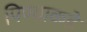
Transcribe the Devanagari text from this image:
पिण्याकडे